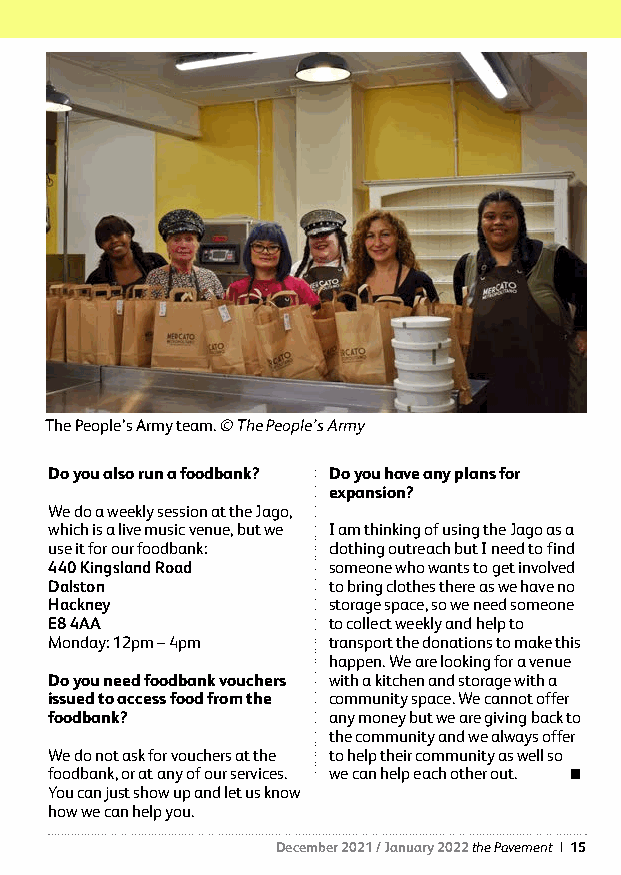
The People’s Army team. © The People’s Army
 Do you also run a foodbank? Do you have any plans for
 expansion?
 We do a weekly session at the Jago,
 which is a live music venue, but we I am thinking of using the Jago as a
 use it for our foodbank: clothing outreach but I need to find
 440 Kingsland Road someone who wants to get involved
 Dalston            to bring clothes there as we have no
 Hackney            storage space, so we need someone
 E8 4AA             to collect weekly and help to
 Monday: 12pm – 4pm transport the donations to make this
 happen. We are looking for a venue
 Do you need foodbank vouchers with a kitchen and storage with a
 issued to access food from the community space. We cannot offer
 foodbank?          any money but we are giving back to
 the community and we always offer
 We do not ask for vouchers at the to help their community as well so
 foodbank, or at any of our services. we can help each other out. 
 You can just show up and let us know
 how we can help you.
 December 2021 / January 2022 the Pavement | 15